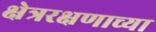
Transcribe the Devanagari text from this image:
क्षेत्ररक्षणाच्या